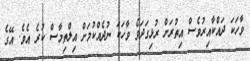
ވާހަކަ ދައްކާއިރުވެސް އިތުރަށް ރުޅިގަދަވެ ވާހަކަ ނުދެއްކުމަށް އިލްތިމާސް ކުރެ އެވެ. އޭގެ